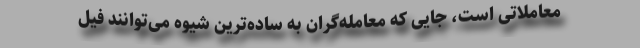
معاملاتی است، جایی که معامله‌گران به ساده‌ترین شیوه می‌توانند فیل